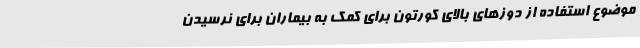
موضوع استفاده از دوزهای بالای کورتون برای کمک به بیماران برای نرسیدن